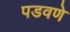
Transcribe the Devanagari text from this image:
पडवणे